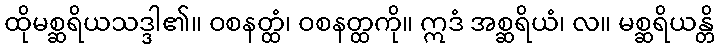
ထိုမစ္ဆရိယသဒ္ဒါ၏။ ဝစနတ္ထံ၊ ဝစနတ္ထကို။ ဣဒံ အစ္ဆရိယံ၊ လ။ မစ္ဆရိယန္တိ